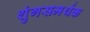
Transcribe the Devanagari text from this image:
शुंगसमर्थक